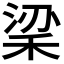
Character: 𥞹